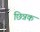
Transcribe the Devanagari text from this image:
छिन्नक